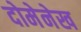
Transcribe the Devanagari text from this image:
दोमेनेख